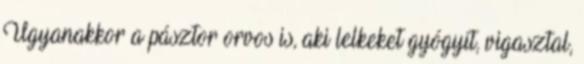
Ugyanakkor a pásztor orvos is, aki lelkeket gyógyít, vigasztal,